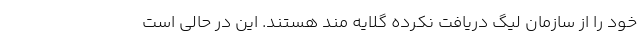
خود را از سازمان لیگ دریافت نکرده گلایه مند هستند. این در حالی است